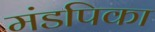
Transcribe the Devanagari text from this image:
मंडपिका